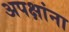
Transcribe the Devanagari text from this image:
अपक्षांना